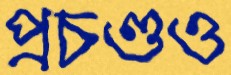
প্রচণ্ডও